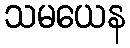
သမယေန